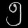
Digit: ၅